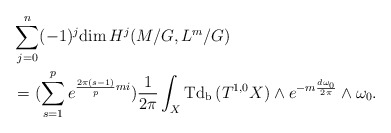
\begin{align*} &\sum^n_{j=0}(-1)^j\mathrm{dim\,}H^j(M/G,L^m/G) \\&=(\sum^{p}_{s=1}e^{\frac{2\pi(s-1)}{p}mi})\frac{1}{2\pi}\int_{X}\mathrm{Td_b\,}(T^{1,0}X)\wedge e^{-m\frac{d\omega_0}{2\pi}}\wedge\omega_0.\end{align*}